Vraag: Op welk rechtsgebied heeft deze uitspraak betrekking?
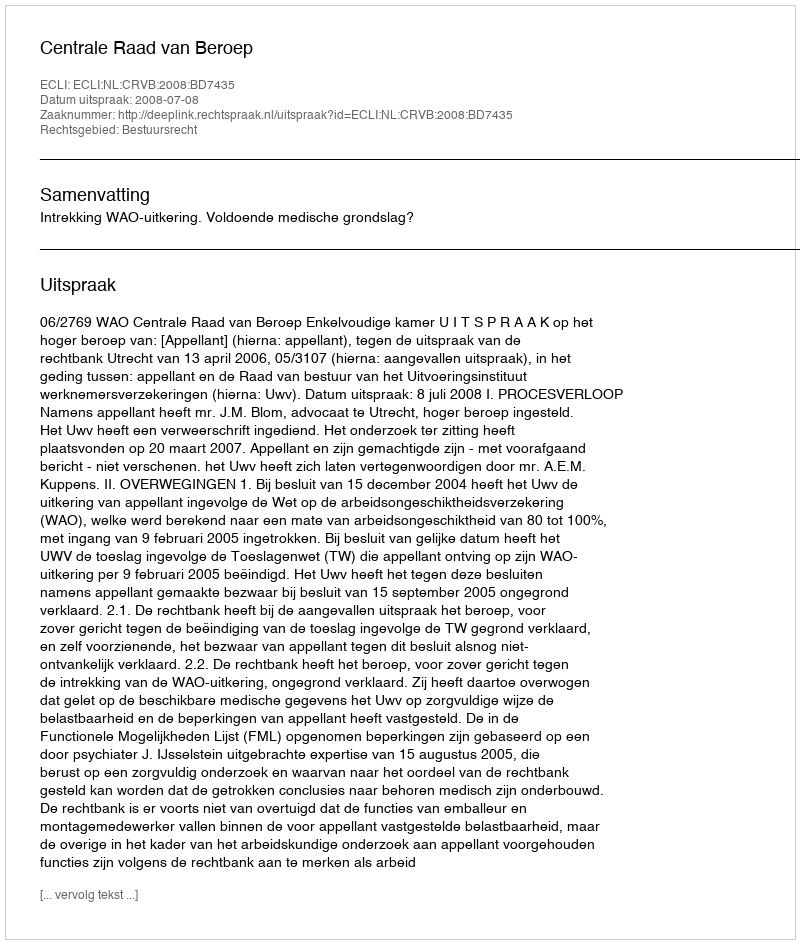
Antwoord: Bestuursrecht